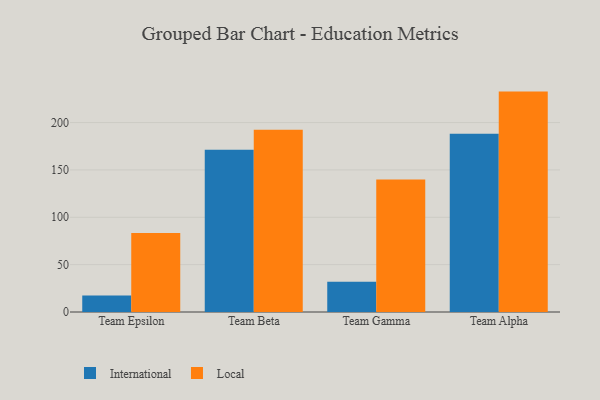
{"axis": {"x": "Team", "y": "Population (Million)"}, "legend": ["International", "Local"], "data": [{"x": "Team Epsilon", "y": 17.5, "type": "International"}, {"x": "Team Epsilon", "y": 83.4, "type": "Local"}, {"x": "Team Beta", "y": 171.3, "type": "International"}, {"x": "Team Beta", "y": 192.5, "type": "Local"}, {"x": "Team Gamma", "y": 31.9, "type": "International"}, {"x": "Team Gamma", "y": 139.8, "type": "Local"}, {"x": "Team Alpha", "y": 188.2, "type": "International"}, {"x": "Team Alpha", "y": 232.7, "type": "Local"}]}